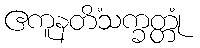
ဧကူနတိံသက္ခတ္တုံ